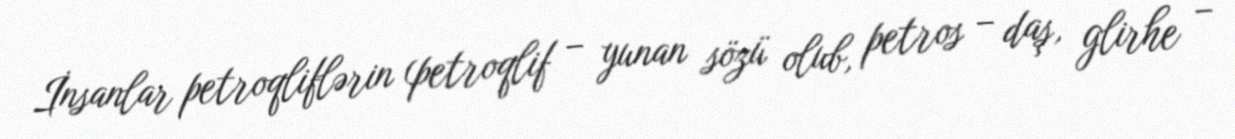
İnsanlar petroqliflərin (petroqlif – yunan sözü olub, petros – daş, glirhe –